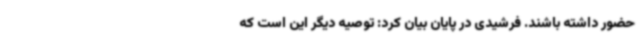
حضور داشته باشند. فرشیدی در پایان بیان کرد: توصیه دیگر این است که